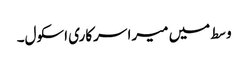
وسط میں میرا سرکاری اسکول۔